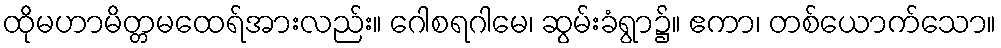
ထိုမဟာမိတ္တမထေရ်အားလည်း။ ဂေါစရဂါမေ၊ ဆွမ်းခံရွာ၌။ ဧကာ၊ တစ်ယောက်သော။